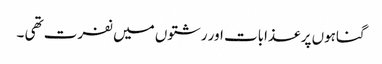
گناہوں پر عذابات اور رشتوں میں نفرت تھی ۔